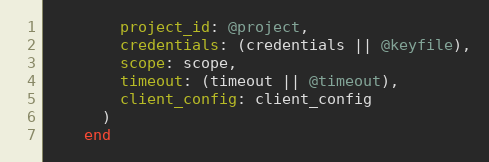
Language: Ruby
        project_id: @project,
        credentials: (credentials || @keyfile),
        scope: scope,
        timeout: (timeout || @timeout),
        client_config: client_config
      )
    end